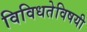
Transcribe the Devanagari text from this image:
विविधतेविषयी